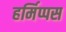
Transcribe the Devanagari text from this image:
हर्मिप्पस